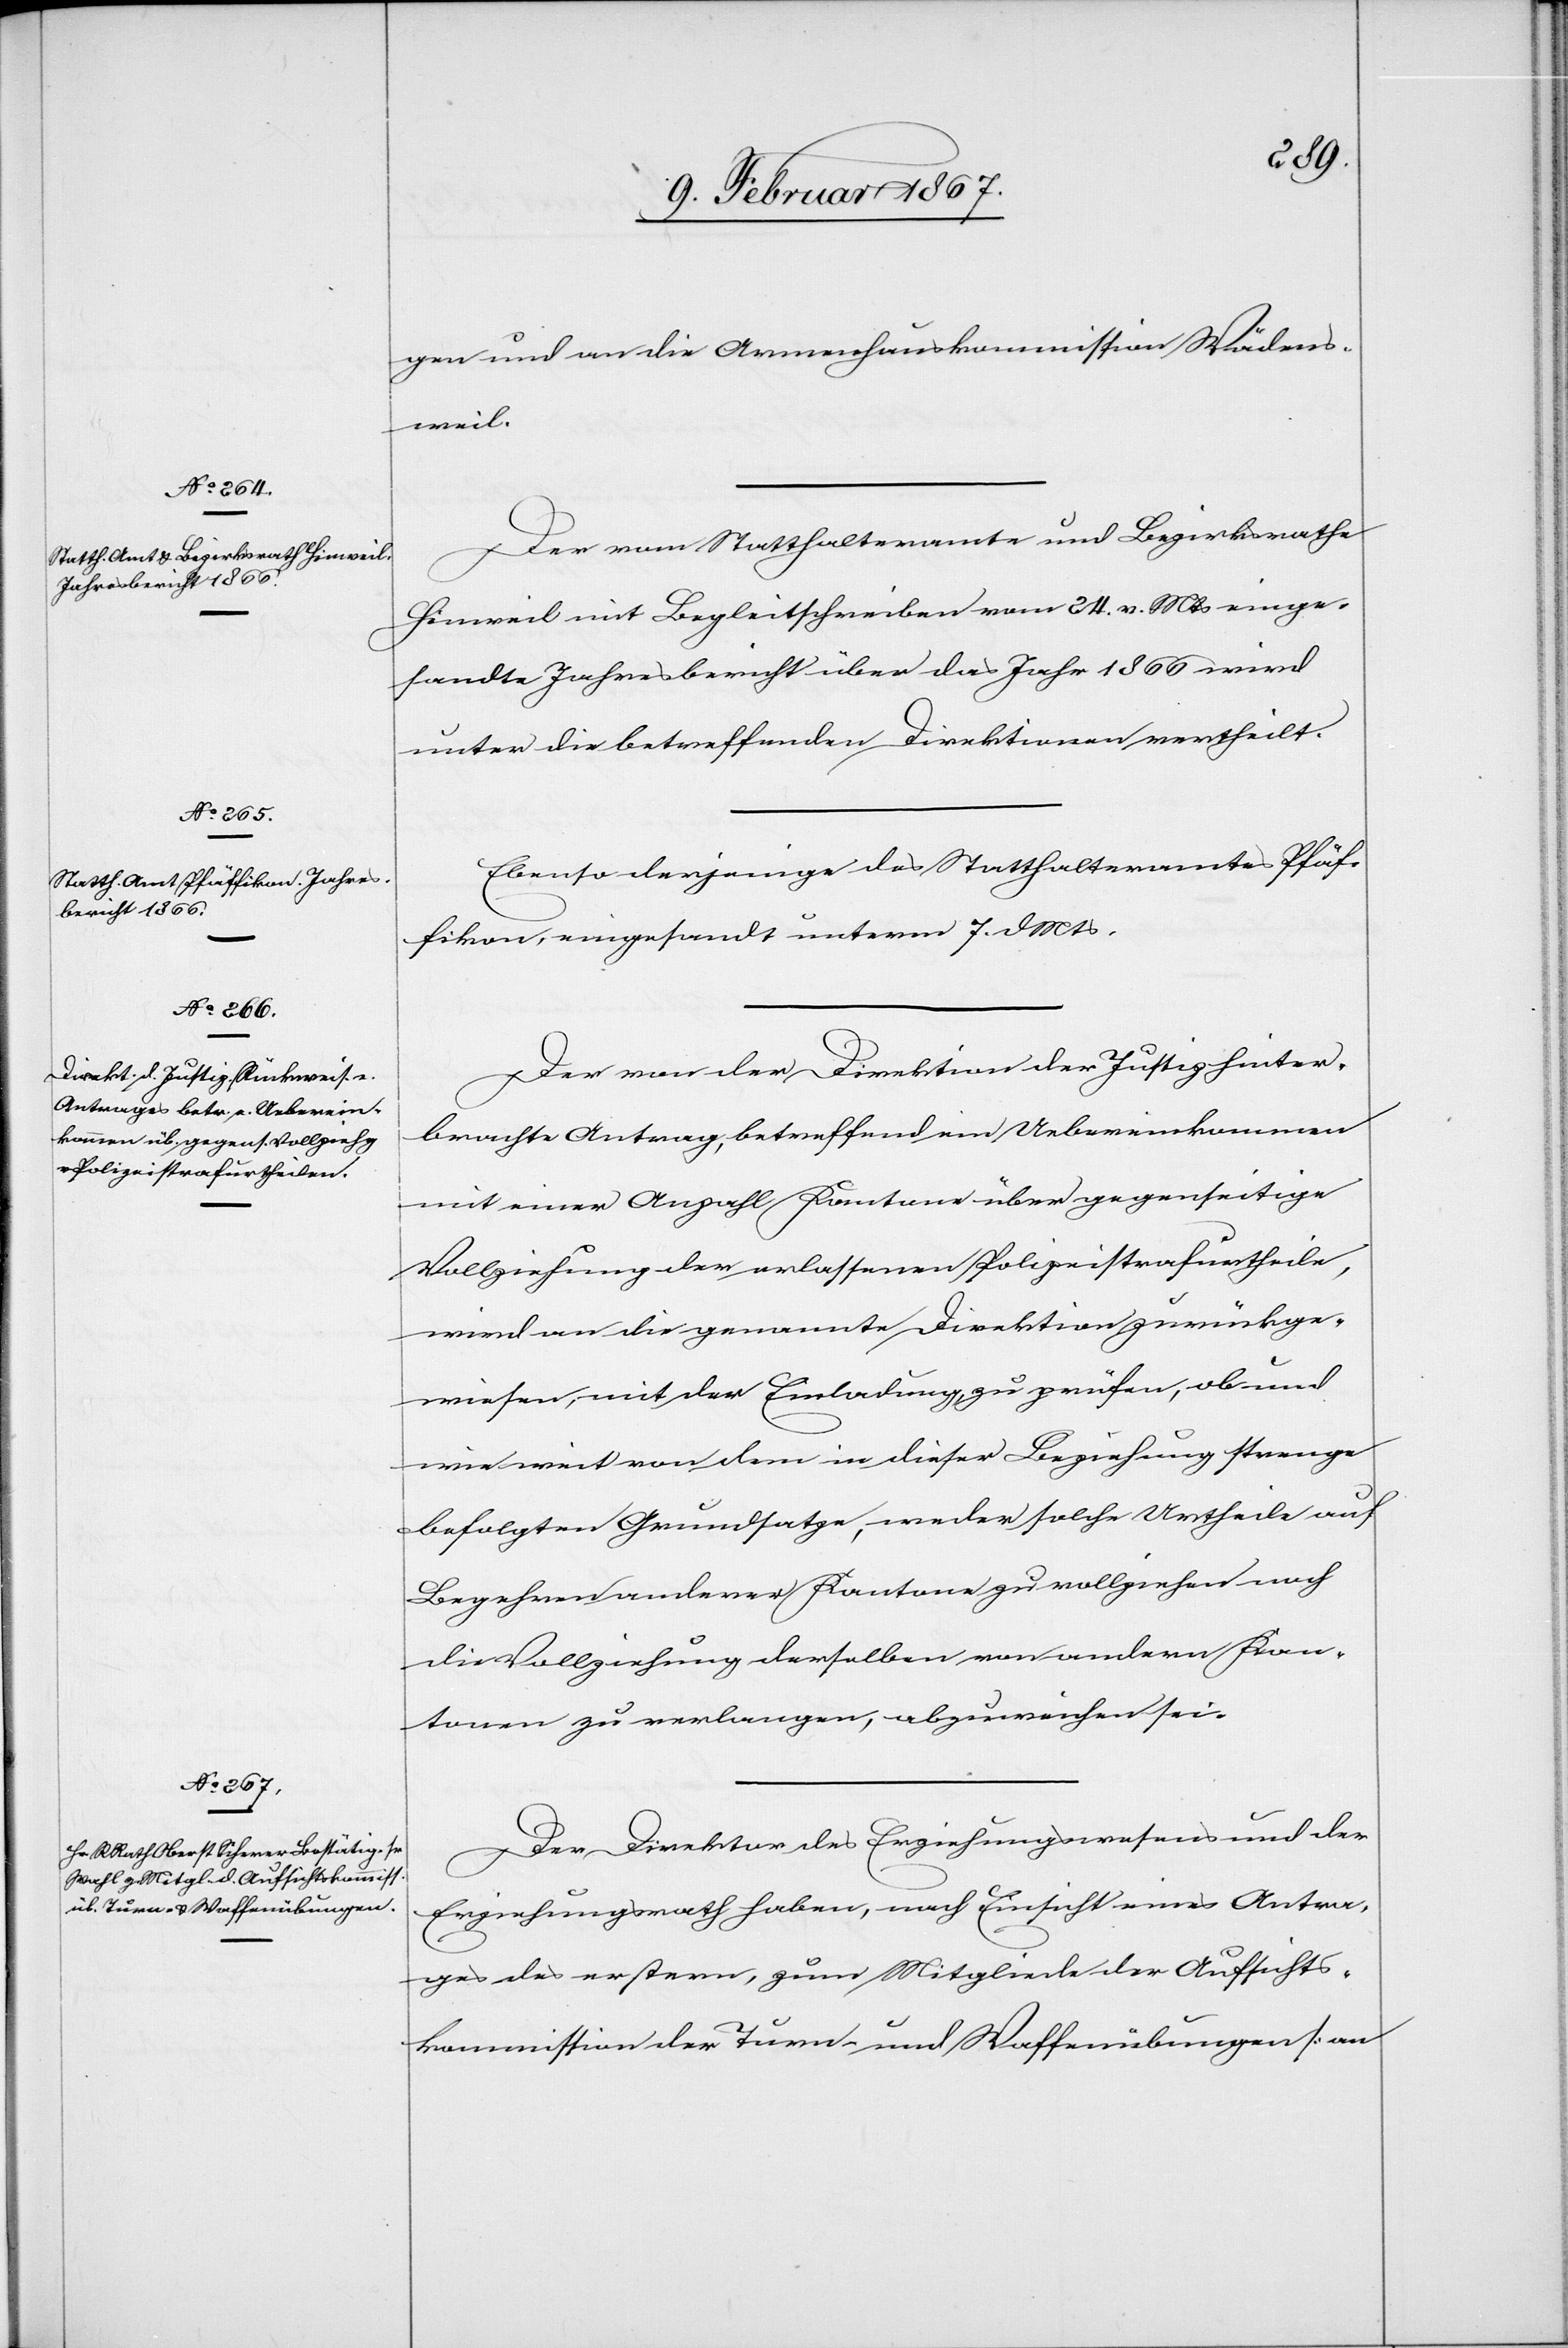
gen und an die Armenhauskommission Wädens¬
weil.
Der vom Statthalteramte und Bezirksrathe
Hinweil mit Begleitschreiben vom 24. v. Mts einge¬
sandte Jahresbericht über das Jahr 1866 wird
unter die betreffenden Direktionen vertheilt.
Ebenso derjenige des Statthalteramtes Pfäf¬
fikon, eingesandt unterm 7. d. Mts.
Der von der Direktion der Justiz hinter¬
brachte Antrag, betreffend ein Uebereinkommen
mit einer Anzahl Kantone über gegenseitige
Vollziehung der erlassenen Polizeistrafurtheile,
wird an die genannte Direktion zurückge¬
wiesen, mit der Einladung, zu prüfen, ob und
wie weit von dem in dieser Beziehung strenge
befolgten Grundsatze, weder solche Urtheile auf
Begehren anderer Kantone zu vollziehen noch
die Vollziehung derselben von andern Kan¬
tonen zu verlangen, abzuweichen sei.
Der Direktor des Erziehungswesens und der
Erziehungsrath haben, nach Einsicht eines Antra¬
ges des erstern, zum Mitgliede der Aufsichts¬
kommission der Turn- und Waffenübungen [an